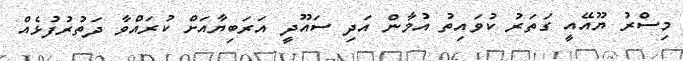
މިސްރު ޔޫއޭއީ ގަތަރު ކުވައިތު އުމާން އަދި ސައޫދީ އަރަބިޔާއަށް ކުރައްވާ ދަތުރުފުޅެއް